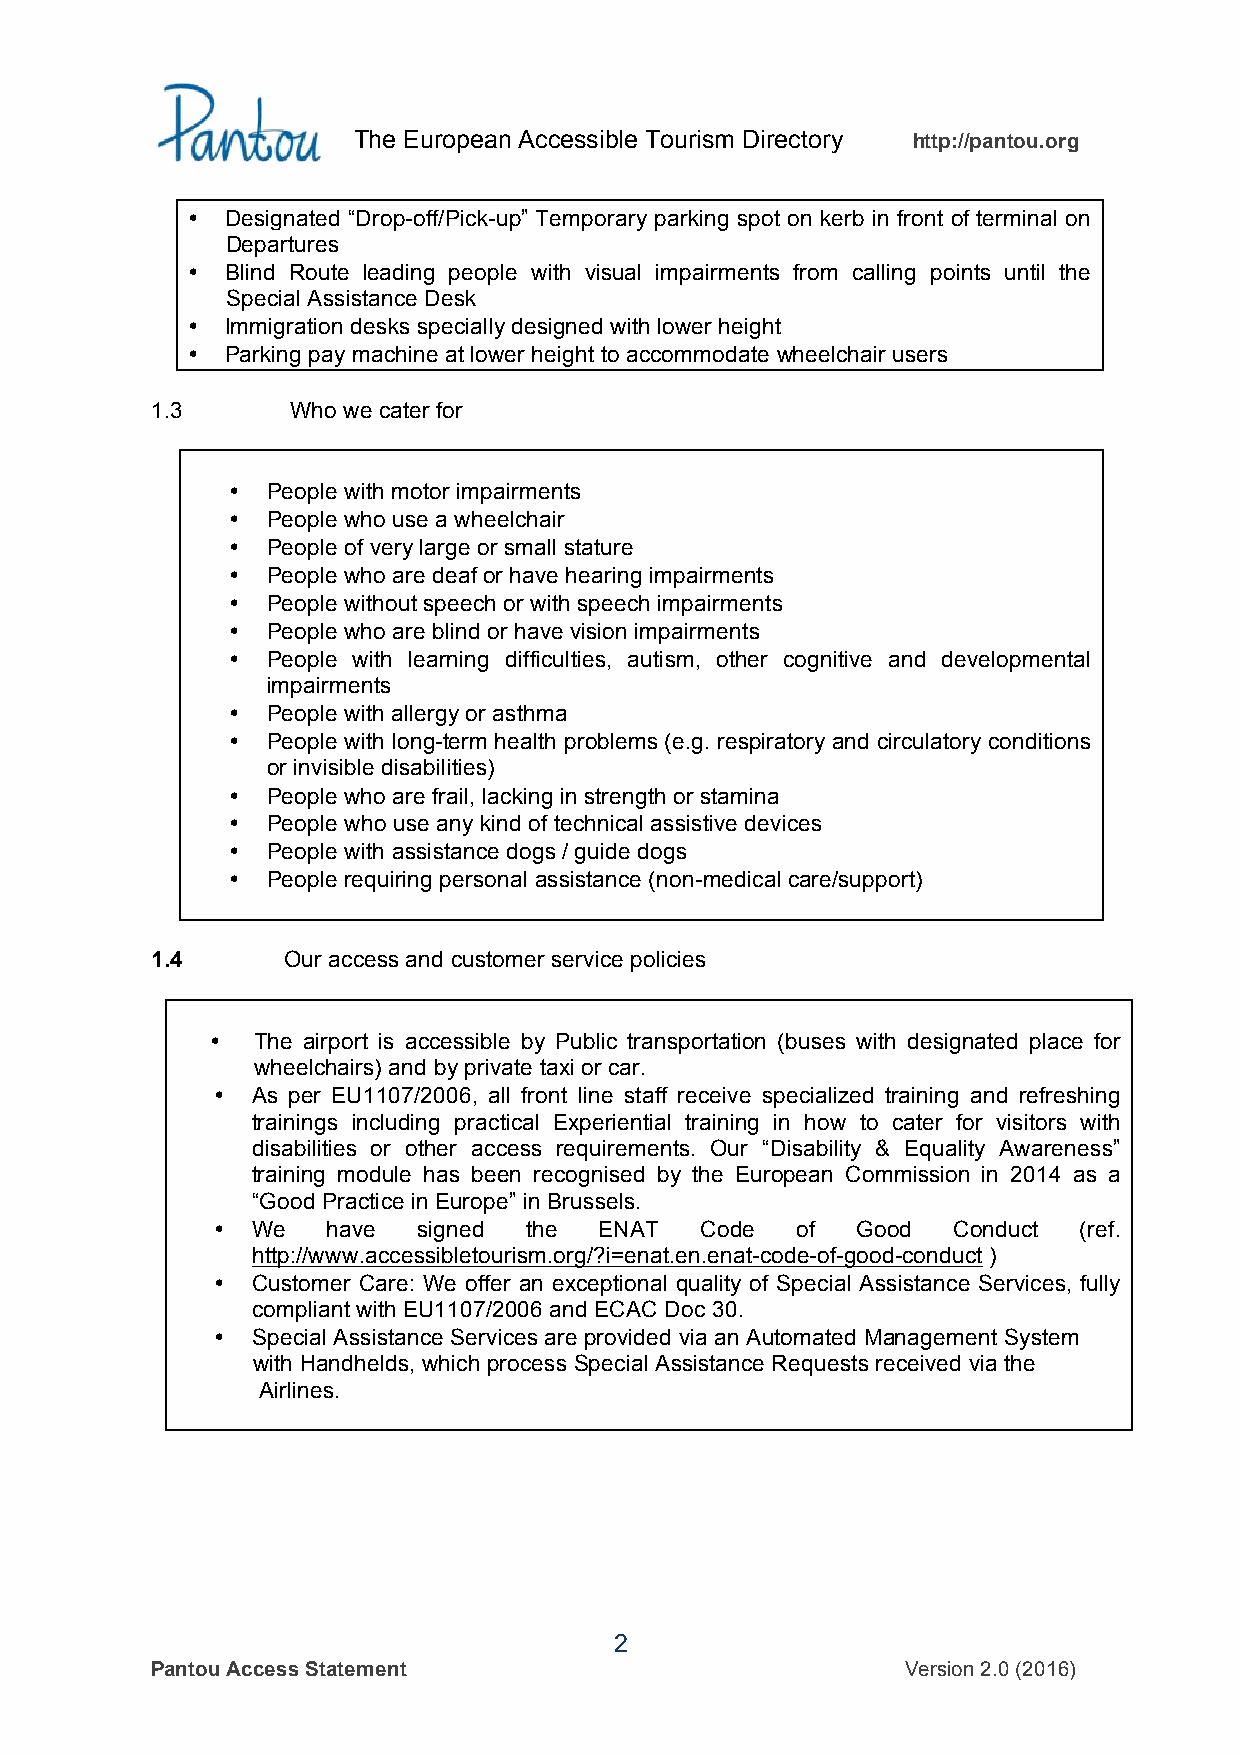
The European Accessible Tourism Directory http://pantou.org
 •  Designated “Drop-off/Pick-up” Temporary parking spot on kerb in front of terminal on
 Departures
 •  Blind Route leading people with visual impairments from calling points until the
 Special Assistance Desk
 •  Immigration desks specially designed with lower height
 •  Parking pay machine at lower height to accommodate wheelchair users
 1.3      Who we cater for
 •  People with motor impairments
 •  People who use a wheelchair
 •  People of very large or small stature
 •  People who are deaf or have hearing impairments
 •  People without speech or with speech impairments
 •  People who are blind or have vision impairments
 •  People with learning difficulties, autism, other cognitive and developmental
 impairments
 •  People with allergy or asthma
 •  People with long-term health problems (e.g. respiratory and circulatory conditions
 or invisible disabilities)
 •  People who are frail, lacking in strength or stamina
 •  People who use any kind of technical assistive devices
 •  People with assistance dogs / guide dogs
 •  People requiring personal assistance (non-medical care/support)
 1.4      Our access and customer service policies
 •  The airport is accessible by Public transportation (buses with designated place for
 wheelchairs) and by private taxi or car.
 •  As per EU1107/2006, all front line staff receive specialized training and refreshing
 trainings including practical Experiential training in how to cater for visitors with
 disabilities or other access requirements. Our “Disability & Equality Awareness”
 training module has been recognised by the European Commission in 2014 as a
 “Good Practice in Europe” in Brussels.
 •  We   have  signed the  ENAT  Code   of  Good  Conduct  (ref.
 http://www.accessibletourism.org/?i=enat.en.enat-code-of-good-conduct )
 •  Customer Care: We offer an exceptional quality of Special Assistance Services, fully
 compliant with EU1107/2006 and ECAC Doc 30.
 •  Special Assistance Services are provided via an Automated Management System
 with Handhelds, which process Special Assistance Requests received via the
 Airlines.
 2
 Pantou Access Statement                           Version 2.0 (2016)